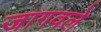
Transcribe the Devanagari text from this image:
जागवले